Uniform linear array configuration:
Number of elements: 24
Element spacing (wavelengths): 1
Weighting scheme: hamming
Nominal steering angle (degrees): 30
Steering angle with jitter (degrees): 31.496
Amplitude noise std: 0.05
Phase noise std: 0.05

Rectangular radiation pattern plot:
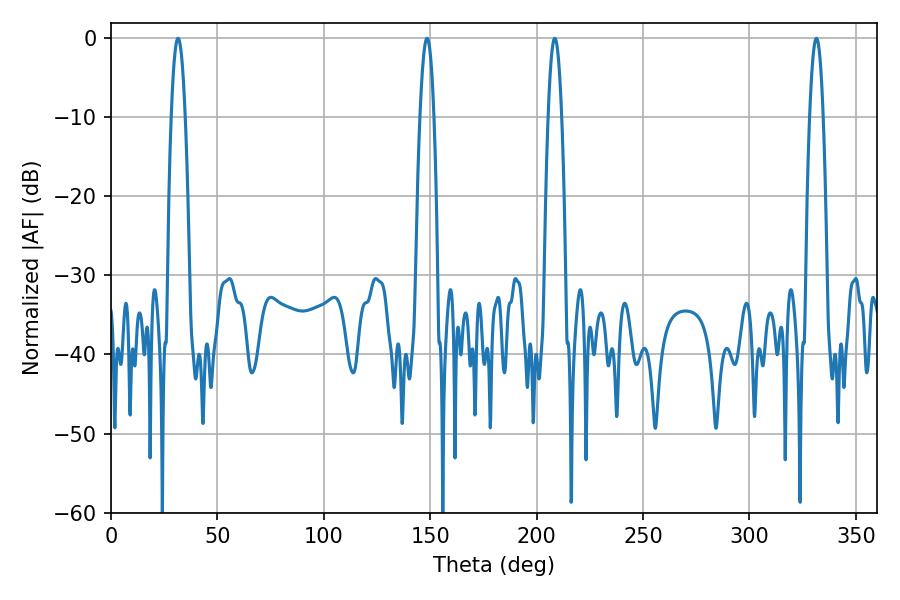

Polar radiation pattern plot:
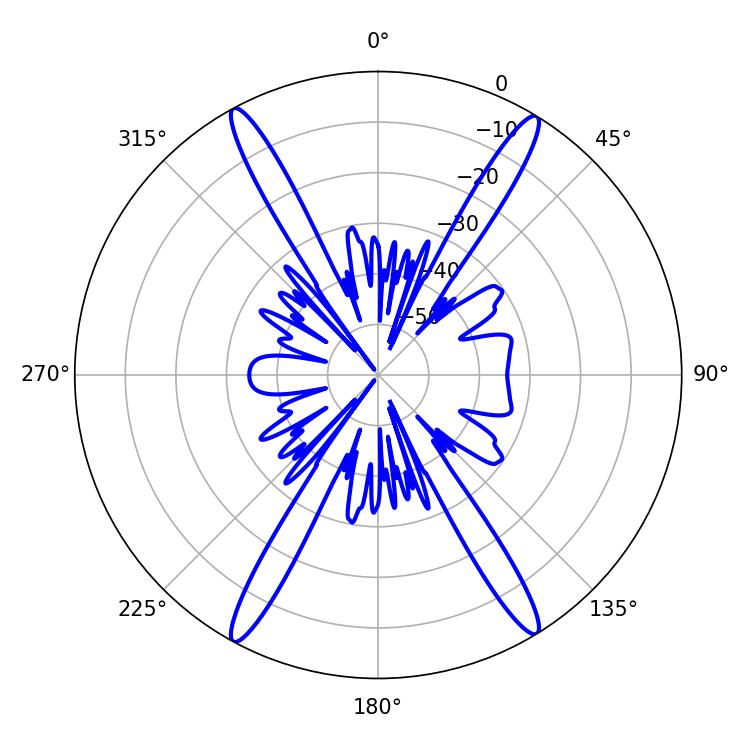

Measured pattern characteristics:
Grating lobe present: TRUE
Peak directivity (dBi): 23.769
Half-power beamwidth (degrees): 3.6
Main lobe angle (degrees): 31.5